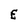
Character: E